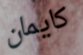
كايمان